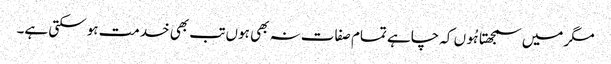
مگر میں سمجھتا ہُوں کہ چاہے تمام صفات نہ بھی ہوں تب بھی خدمت ہو سکتی ہے۔